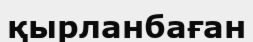
қырланбаған